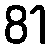
81